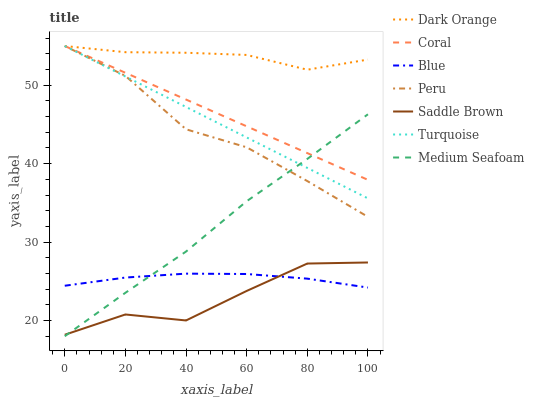
| xaxis_label | Dark Orange | Coral | Blue | Peru | Saddle Brown | Turquoise | Medium Seafoam |
 | --- | --- | --- | --- | --- | --- | --- | --- |
 | 0 | 55 | 55 | 24.4 | 55 | 18.2 | 55 | 18 |
 | 20 | 54.2 | 51.6 | 25.5 | 51.2 | 20.8 | 51.1 | 23.5 |
 | 40 | 54.1 | 48.2 | 26 | 44.4 | 20 | 47.2 | 28.8 |
 | 60 | 53.9 | 44.8 | 25.9 | 42.1 | 23.8 | 43.3 | 35.2 |
 | 80 | 52 | 41.3 | 25.3 | 37.8 | 27.3 | 39.5 | 40.6 |
 | 100 | 53.3 | 37.9 | 24.2 | 33.2 | 27.4 | 35.6 | 46.3 |